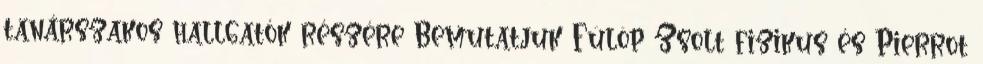
tanárszakos hallgatók részére Bemutatjuk Fülöp Zsolt fizikus és Pierrot